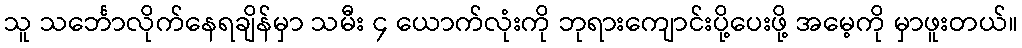
သူ သင်္ဘောလိုက်နေရချိန်မှာ သမီး ၄ ယောက်လုံးကို ဘုရားကျောင်းပို့ပေးဖို့ အမေ့ကို မှာဖူးတယ်။